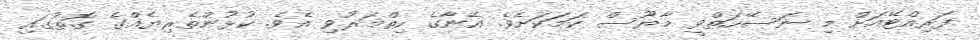
ފަރިއްޓޭއަށް މި ނަސޭހަތްވީ މާޔޫސް ކަމަކަށެވެ. އޭނާގެ ހިތްމަރުވި އެވެ. ކުޅުންތެރިޔެއްގެ ގޮތުގައި